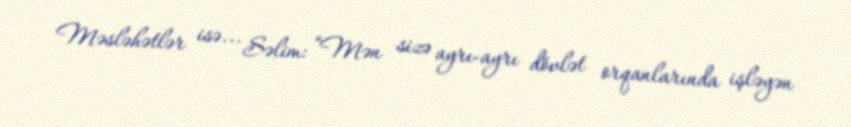
Məsləhətlər isə... Səlim: “Mən sizə ayrı-ayrı dövlət orqanlarında işləyən